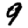
Digit: 9